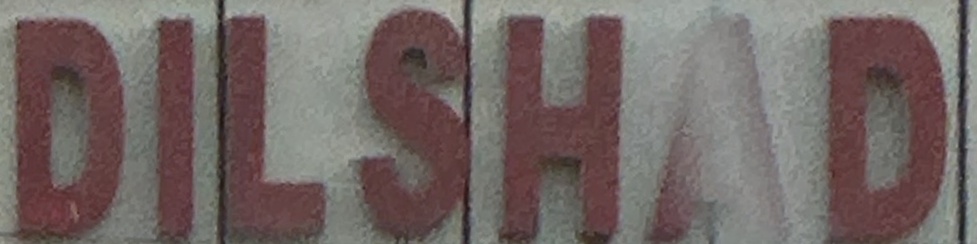
DILSHAD